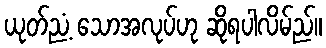
ယုတ်ညံ့ သောအလုပ်ဟု ဆိုရပါလိမ်ည်။